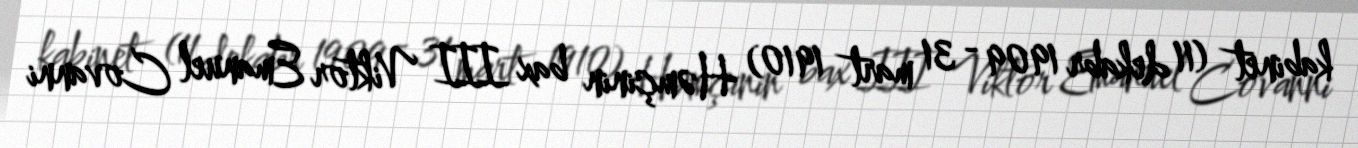
kabinet (11 dekabr 1909 - 31 mart 1910) Həmçinin bax III Viktor Emanuel Covanni